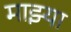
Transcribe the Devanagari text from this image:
माझ्या